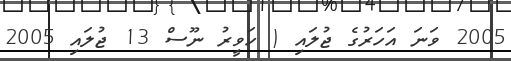
2005 ވަނަ އަހަރުގެ ޖުލައި ( ހަވީރު ނޫސް 13 ޖުލައި 2005